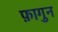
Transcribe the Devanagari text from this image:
फ़ागुन